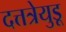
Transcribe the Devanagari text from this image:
दत्तत्रेयुडू